Source: Handwritten
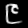
Digit: ၉ (9)